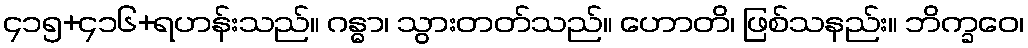
၄၁၅+၄၁၆+ရဟန်းသည်။ ဂန္ဓာ၊ သွားတတ်သည်။ ဟောတိ၊ ဖြစ်သနည်း။ ဘိက္ခဝေ၊